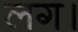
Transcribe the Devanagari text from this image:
लग।